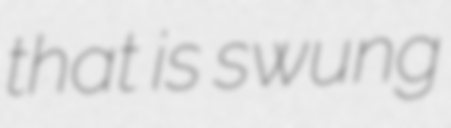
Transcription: that is swung